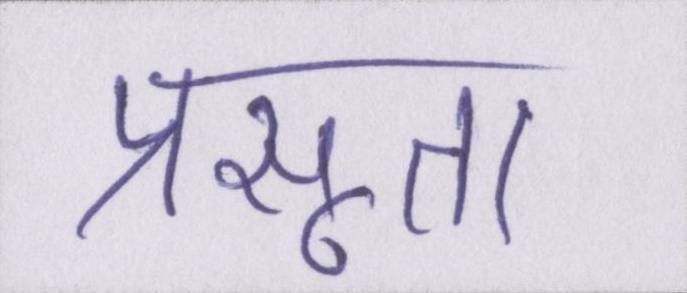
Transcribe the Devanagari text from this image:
प्रसूता